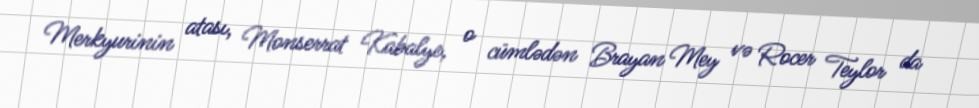
Merkyurinin atası, Monserrat Kabalye, o cümlədən Brayan Mey və Rocer Teylor da